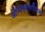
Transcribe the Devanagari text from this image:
ऑप्थैल्मोलॉजिस्ट